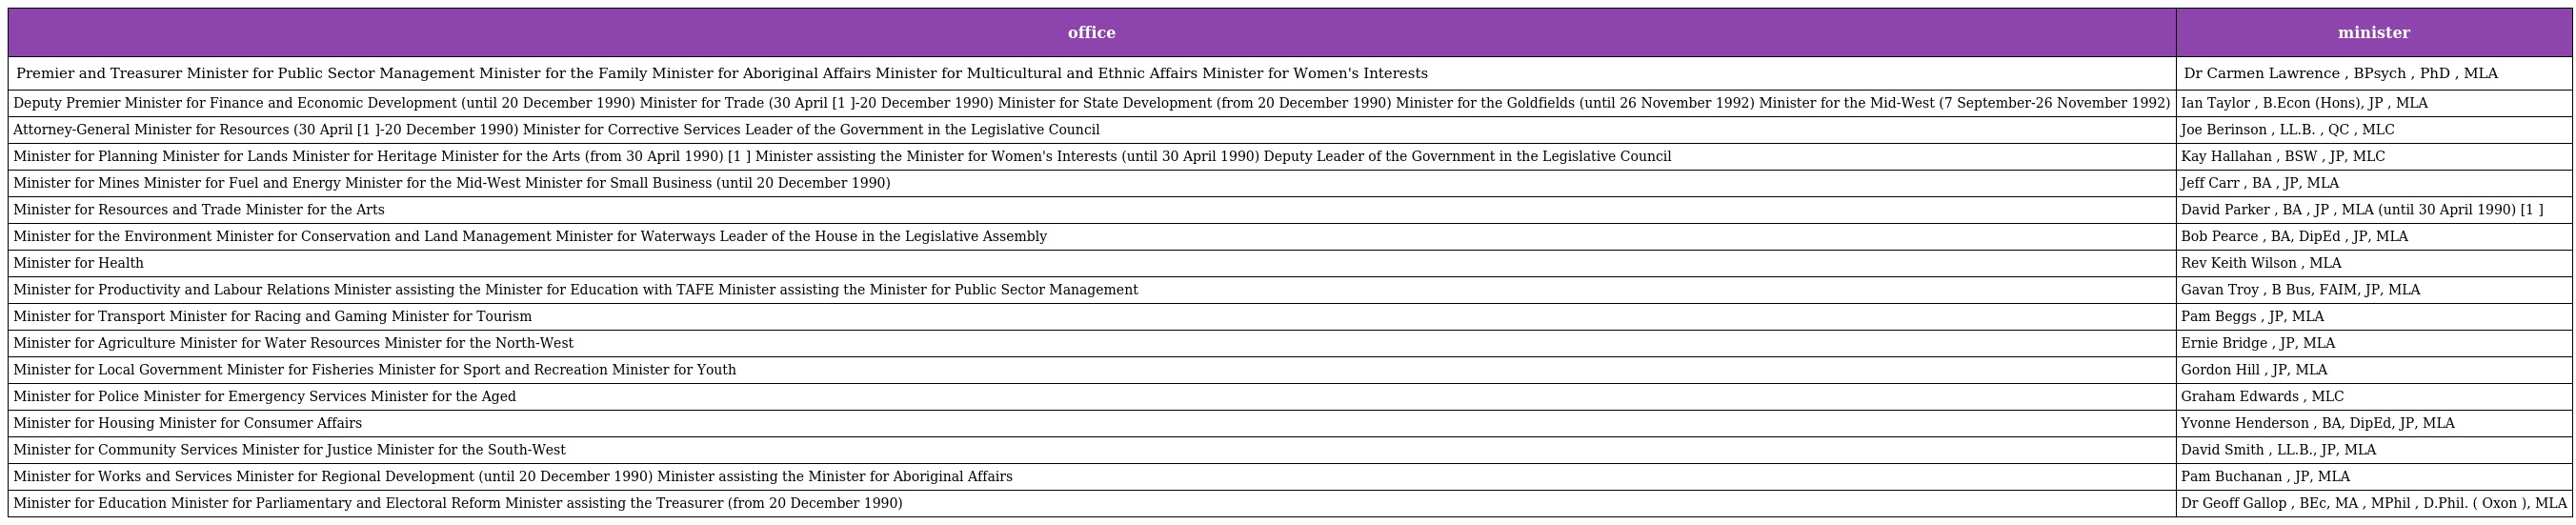
| office | minister |
 | --- | --- |
 | Premier and Treasurer Minister for Public Sector Management Minister for the Family Minister for Aboriginal Affairs Minister for Multicultural and Ethnic Affairs Minister for Women's Interests | Dr Carmen Lawrence , BPsych , PhD , MLA |
 | Deputy Premier Minister for Finance and Economic Development (until 20 December 1990) Minister for Trade (30 April [1 ]-20 December 1990) Minister for State Development (from 20 December 1990) Minister for the Goldfields (until 26 November 1992) Minister for the Mid-West (7 September-26 November 1992) | Ian Taylor , B.Econ (Hons), JP , MLA |
 | Attorney-General Minister for Resources (30 April [1 ]-20 December 1990) Minister for Corrective Services Leader of the Government in the Legislative Council | Joe Berinson , LL.B. , QC , MLC |
 | Minister for Planning Minister for Lands Minister for Heritage Minister for the Arts (from 30 April 1990) [1 ] Minister assisting the Minister for Women's Interests (until 30 April 1990) Deputy Leader of the Government in the Legislative Council | Kay Hallahan , BSW , JP, MLC |
 | Minister for Mines Minister for Fuel and Energy Minister for the Mid-West Minister for Small Business (until 20 December 1990) | Jeff Carr , BA , JP, MLA |
 | Minister for Resources and Trade Minister for the Arts | David Parker , BA , JP , MLA (until 30 April 1990) [1 ] |
 | Minister for the Environment Minister for Conservation and Land Management Minister for Waterways Leader of the House in the Legislative Assembly | Bob Pearce , BA, DipEd , JP, MLA |
 | Minister for Health | Rev Keith Wilson , MLA |
 | Minister for Productivity and Labour Relations Minister assisting the Minister for Education with TAFE Minister assisting the Minister for Public Sector Management | Gavan Troy , B Bus, FAIM, JP, MLA |
 | Minister for Transport Minister for Racing and Gaming Minister for Tourism | Pam Beggs , JP, MLA |
 | Minister for Agriculture Minister for Water Resources Minister for the North-West | Ernie Bridge , JP, MLA |
 | Minister for Local Government Minister for Fisheries Minister for Sport and Recreation Minister for Youth | Gordon Hill , JP, MLA |
 | Minister for Police Minister for Emergency Services Minister for the Aged | Graham Edwards , MLC |
 | Minister for Housing Minister for Consumer Affairs | Yvonne Henderson , BA, DipEd, JP, MLA |
 | Minister for Community Services Minister for Justice Minister for the South-West | David Smith , LL.B., JP, MLA |
 | Minister for Works and Services Minister for Regional Development (until 20 December 1990) Minister assisting the Minister for Aboriginal Affairs | Pam Buchanan , JP, MLA |
 | Minister for Education Minister for Parliamentary and Electoral Reform Minister assisting the Treasurer (from 20 December 1990) | Dr Geoff Gallop , BEc, MA , MPhil , D.Phil. ( Oxon ), MLA |